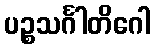
ပဉ္စသင်္ဂါတိဂေါ